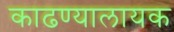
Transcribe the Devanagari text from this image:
काढण्यालायक